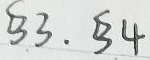
$53.54$